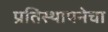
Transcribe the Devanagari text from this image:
प्रतिस्थापनेचा